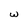
Character: w